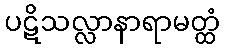
ပဋိသလ္လာနာရာမတ္ထံ